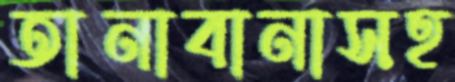
তানাবানাসহ